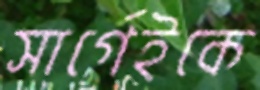
সার্গেইকে